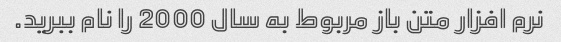
نرم افزار متن باز مربوط به سال 2000 را نام ببرید.